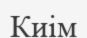
Киім